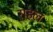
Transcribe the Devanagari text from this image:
राहल